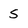
Character: s